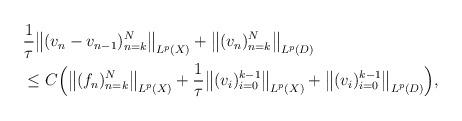
LaTeX: \begin{align*}\begin{aligned}&\frac{1}{\tau}\big\|(v_n-v_{n-1} )_{n=k}^N\big\|_{ L^p(X)} + \big\|(v_n )_{n=k}^N\big\|_{ L^p(D)} \\&\le C\Big(\big\|(f_n)_{n=k}^N\big\|_{ L^p(X)} +\frac{1}{\tau}\big\|(v_i)_{i=0}^{k-1}\big\|_{ L^p(X)} + \big\|(v_i )_{i=0}^{k-1}\big\|_{ L^p(D)} \Big) , \end{aligned}\end{align*}